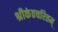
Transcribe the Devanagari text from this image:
श्रीकंठचरितम्‌